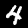
Digit: 4